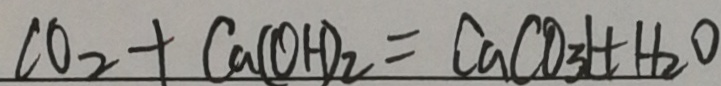
C O _ { 2 } + C a ( O H ) _ { 2 } = C a C O _ { 3 } l + H _ { 2 } O